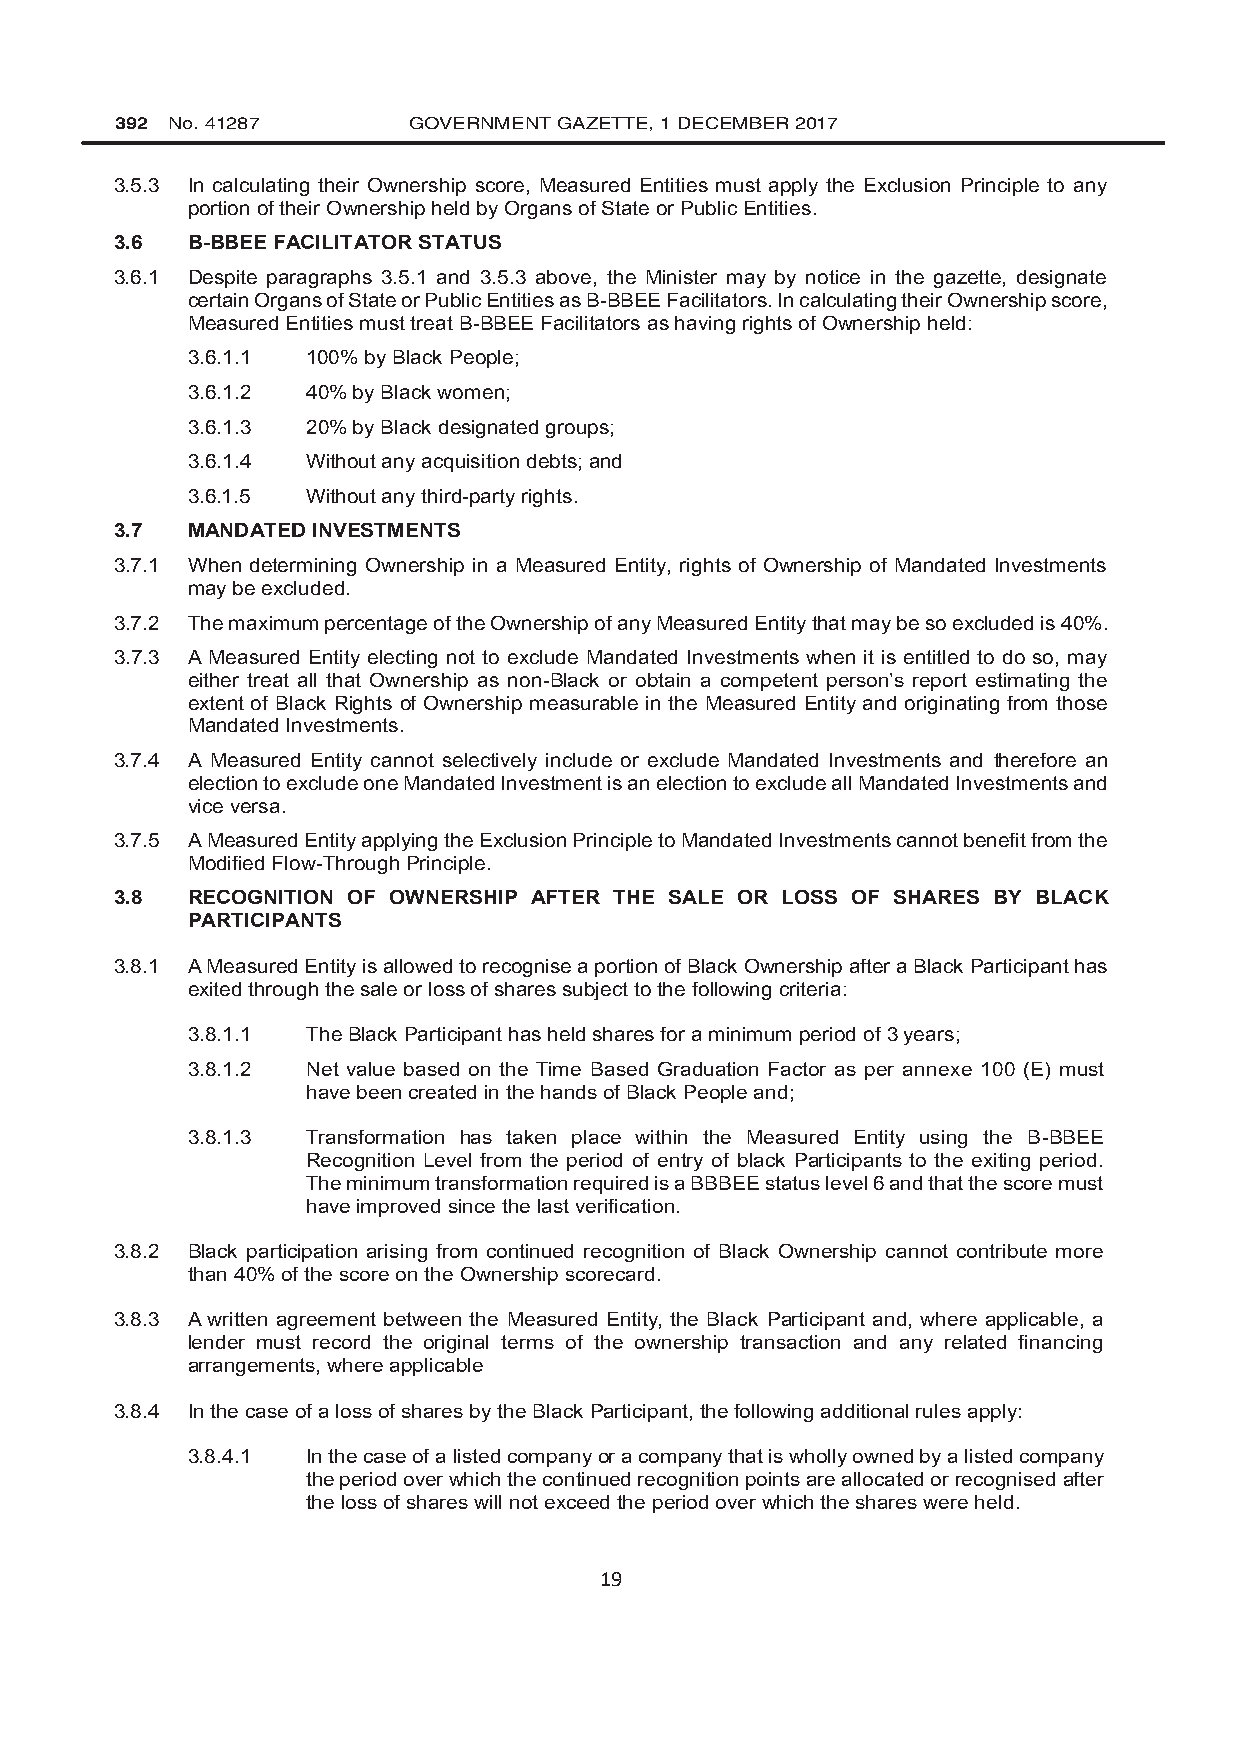
392 No. 41287      GOVERNMENT GAZETTE, 1 DECEMBER 2017
 3.5.3 In calculating their Ownership score, Measured Entities must apply the Exclusion Principle to any
 portion of their Ownership held by Organs of State or Public Entities.
 3.6 B-BBEE FACILITATOR STATUS
 3.6.1 Despite paragraphs 3.5.1 and 3.5.3 above, the Minister may by notice in the gazette, designate
 certain Organs of State or Public Entities as B-BBEE Facilitators. In calculating their Ownership score,
 Measured Entities must treat B-BBEE Facilitators as having rights of Ownership held:
 3.6.1.1 100% by Black People;
 3.6.1.2 40% by Black women;
 3.6.1.3 20% by Black designated groups;
 3.6.1.4 Without any acquisition debts; and
 3.6.1.5 Without any third-party rights.
 3.7 MANDATED INVESTMENTS
 3.7.1 When determining Ownership in a Measured Entity, rights of Ownership of Mandated Investments
 may be excluded.
 3.7.2 The maximum percentage of the Ownership of any Measured Entity that may be so excluded is 40%.
 3.7.3 A Measured Entity electing not to exclude Mandated Investments when it is entitled to do so, may
 either treat all that Ownership as non-Black or obtain a competent person’s report estimating the
 extent of Black Rights of Ownership measurable in the Measured Entity and originating from those
 Mandated Investments.
 3.7.4 A Measured Entity cannot selectively include or exclude Mandated Investments and therefore an
 election to exclude one Mandated Investment is an election to exclude all Mandated Investments and
 vice versa.
 3.7.5 A Measured Entity applying the Exclusion Principle to Mandated Investments cannot benefit from the
 Modified Flow-Through Principle.
 3.8 RECOGNITION OF OWNERSHIP AFTER THE SALE OR LOSS OF SHARES BY BLACK
 PARTICIPANTS
 3.8.1 A Measured Entity is allowed to recognise a portion of Black Ownership after a Black Participant has
 exited through the sale or loss of shares subject to the following criteria:
 3.8.1.1 The Black Participant has held shares for a minimum period of 3 years;
 3.8.1.2 Net value based on the Time Based Graduation Factor as per annexe 100 (E) must
 have been created in the hands of Black People and;
 3.8.1.3 Transformation has taken place within the Measured Entity using the B-BBEE
 Recognition Level from the period of entry of black Participants to the exiting period.
 The minimum transformation required is a BBBEE status level 6 and that the score must
 have improved since the last verification.
 3.8.2 Black participation arising from continued recognition of Black Ownership cannot contribute more
 than 40% of the score on the Ownership scorecard.
 3.8.3 A written agreement between the Measured Entity, the Black Participant and, where applicable, a
 lender must record the original terms of the ownership transaction and any related financing
 arrangements, where applicable
 3.8.4 In the case of a loss of shares by the Black Participant, the following additional rules apply:
 3.8.4.1 In the case of a listed company or a company that is wholly owned by a listed company
 the period over which the continued recognition points are allocated or recognised after
 the loss of shares will not exceed the period over which the shares were held.
 19